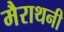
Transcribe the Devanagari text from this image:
मैराथनी